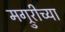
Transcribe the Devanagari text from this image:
मग्रुरीच्या